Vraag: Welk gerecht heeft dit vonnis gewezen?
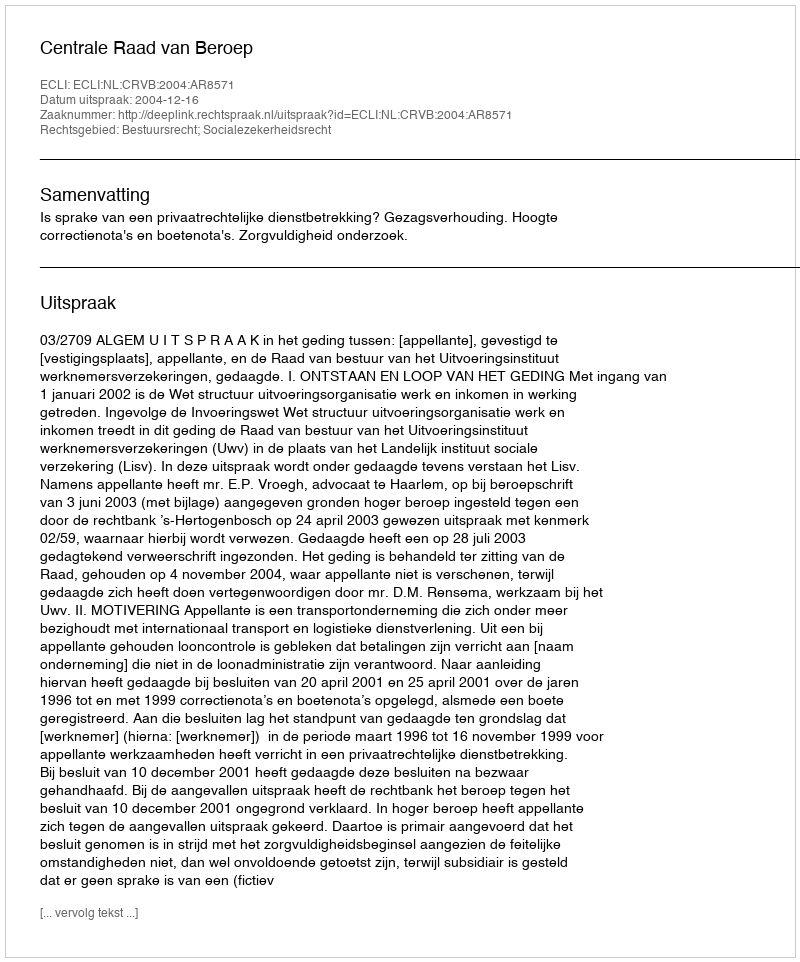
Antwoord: Centrale Raad van Beroep